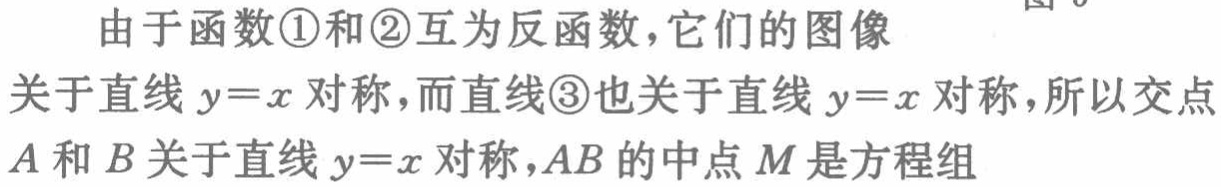
由于函数\textcircled{1}和\textcircled{2}互为反函数，它们的图像
关于直线 \(y = x\) 对称，而直线\textcircled{3}也关于直线 \(y = x\) 对称，所以交点
\(A\) 和 \(B\) 关于直线 \(y = x\) 对称，\(AB\) 的中点 \(M\) 是方程组